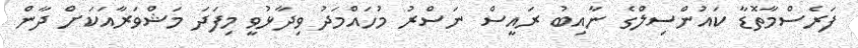
ފަރެސްމާތޮޑާ ކައުންސިލްގެ ނާއިބު ރައީސް ނަސްރު މުހައްމަދު ވިދާޅުވީ މިފަދަ މަޝްވަރާއަކަށް ދާން